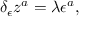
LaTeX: \delta _ { \epsilon } z ^ { a } = \lambda \epsilon ^ { a } ,